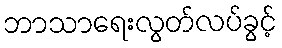
ဘာသာရေးလွတ်လပ်ခွင့်